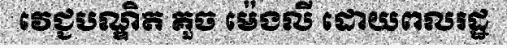
វេជ្ជបណ្ឌិត គួច ម៉េងលី ដោយពលរដ្ឋ